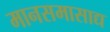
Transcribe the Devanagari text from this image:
मानसमासाद्य